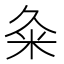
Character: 粂